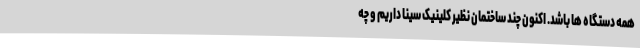
همه دستگاه ها باشد. اکنون چند ساختمان نظیر کلینیک سینا داریم و چه